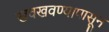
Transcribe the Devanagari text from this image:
खवखवण्यापासून